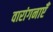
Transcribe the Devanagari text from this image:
वारांगनाएँ